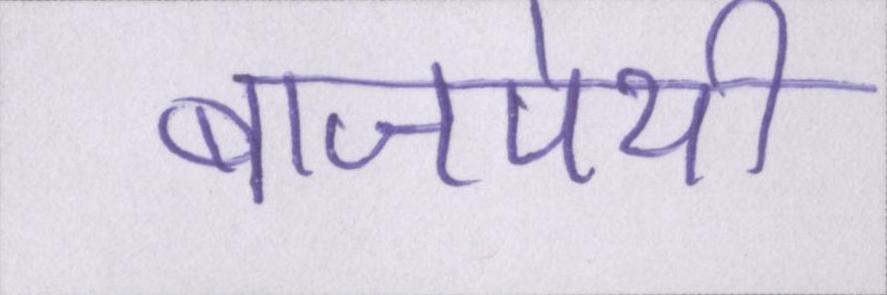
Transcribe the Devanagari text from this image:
बाजपेयी